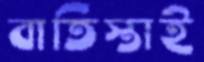
বাতিস্তাই